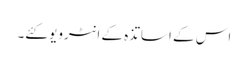
اس کے اساتذہ کے انٹرویو کئے۔